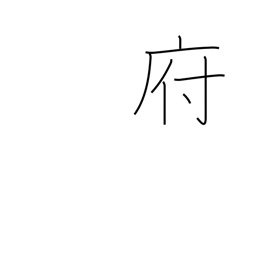
Meaning: borough